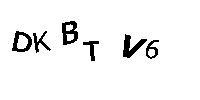
DKBTV6